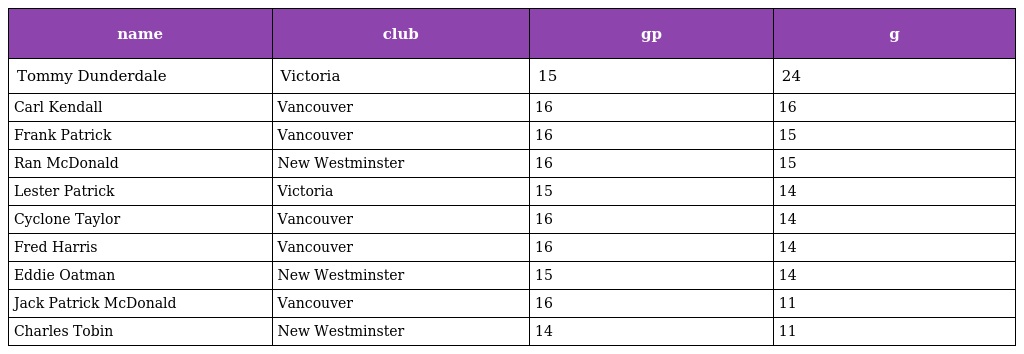
| name | club | gp | g |
 | --- | --- | --- | --- |
 | Tommy Dunderdale | Victoria | 15 | 24 |
 | Carl Kendall | Vancouver | 16 | 16 |
 | Frank Patrick | Vancouver | 16 | 15 |
 | Ran McDonald | New Westminster | 16 | 15 |
 | Lester Patrick | Victoria | 15 | 14 |
 | Cyclone Taylor | Vancouver | 16 | 14 |
 | Fred Harris | Vancouver | 16 | 14 |
 | Eddie Oatman | New Westminster | 15 | 14 |
 | Jack Patrick McDonald | Vancouver | 16 | 11 |
 | Charles Tobin | New Westminster | 14 | 11 |